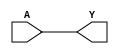
// This program was cloned from: https://github.com/jrpompio/Circuitos-Digitales-II
// License: MIT License

module BUF(A, Y);
  input A;
  output Y;
  assign Y = A;
endmodule

module NOT(A, Y);
  input A;
  output Y;
  assign Y = ~A;
endmodule

module NAND(A, B, Y);
  input A, B;
  output Y;
  assign Y = ~(A & B);
endmodule

module NOR(A, B, Y);
  input A, B;
  output Y;
  assign Y = ~(A | B);
endmodule